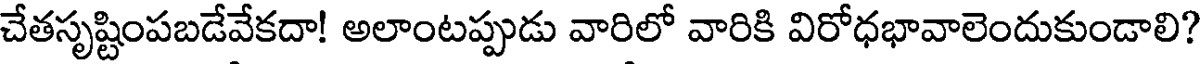
చేతసృష్టింపబడేవేకదా! అలాంటప్పుడు వారిలో వారికి విరోధభావాలెందుకుండాలి?